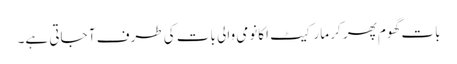
بات گھوم پھر کر مارکیٹ اکانومی والی بات کی طرف آ جاتی ہے۔